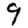
Digit: 9